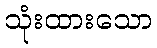
သုံးထားသော